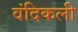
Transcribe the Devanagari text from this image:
वंदिकली